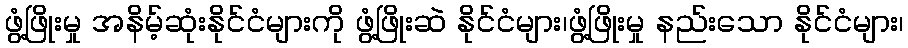
ဖွံ့ဖြိုးမှု အနိမ့်ဆုံးနိုင်ငံများကို ဖွံ့ဖြိုးဆဲ နိုင်ငံများ၊ဖွံ့ဖြိုးမှု နည်းသော နိုင်ငံများ၊